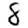
Digit: 8